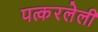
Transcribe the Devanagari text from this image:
पत्करलेली